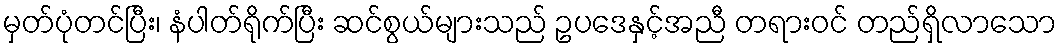
မှတ်ပုံတင်ပြီး၊ နံပါတ်ရိုက်ပြီး ဆင်စွယ်များသည် ဥပဒေနှင့်အညီ တရားဝင် တည်ရှိလာသော